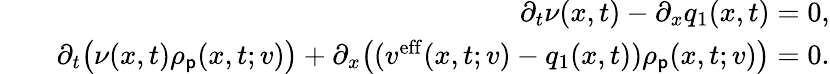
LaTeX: \begin{array}{rlr}&{}&{\partial_{t}\nu(x,t)-\partial_{x}q_{1}(x,t)=0,}\\ &{}&{\partial_{t}\big(\nu(x,t)\rho_{\mathsf{p}}(x,t;v)\big)+\partial_{x}\big((v^{\mathrm{eff}}(x,t;v)-q_{1}(x,t))\rho_{\mathsf{p}}(x,t;v)\big)=0.}\end{array}